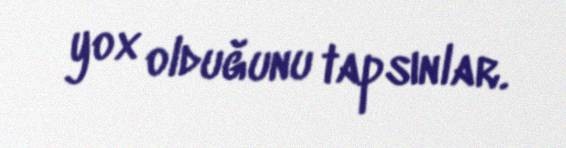
yox olduğunu tapsınlar.